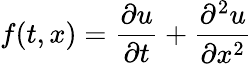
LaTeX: f(t,x)=\frac{\partial u}{\partial t}+\frac{\partial^{2}u}{\partial x^{2}}